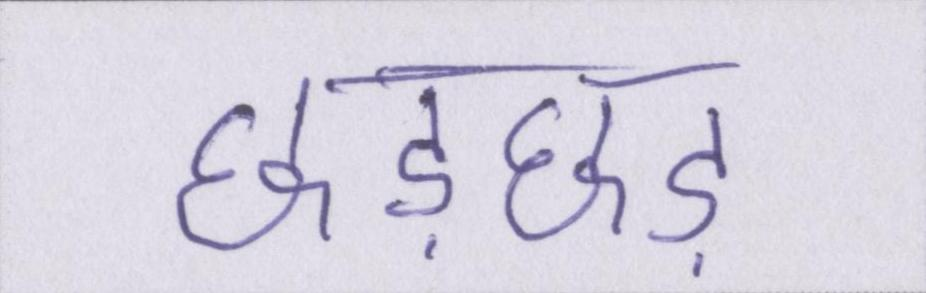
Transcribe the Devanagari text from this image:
छेड़छाड़